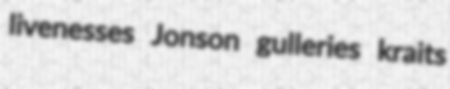
livenesses Jonson gulleries kraits